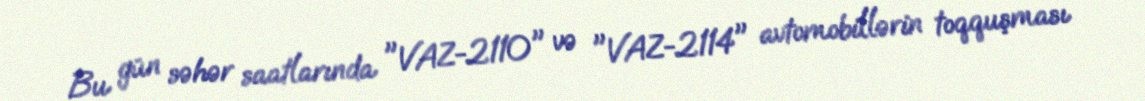
Bu gün səhər saatlarında "VAZ-2110" və "VAZ-2114" avtomobillərin toqquşması